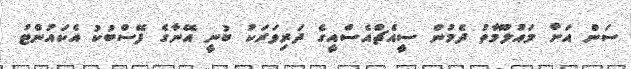
ސަން އަށް މައުލޫމާތު ދެމުން ސީއެޗްއެސްއީގެ ދަރިވަރަކު ބުނީ އޭނާގެ ފޭސްބުކު އެކައުންޓު